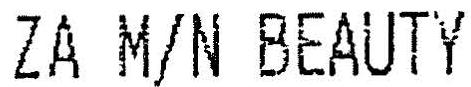
ZA M/N BEAUTY